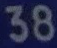
38